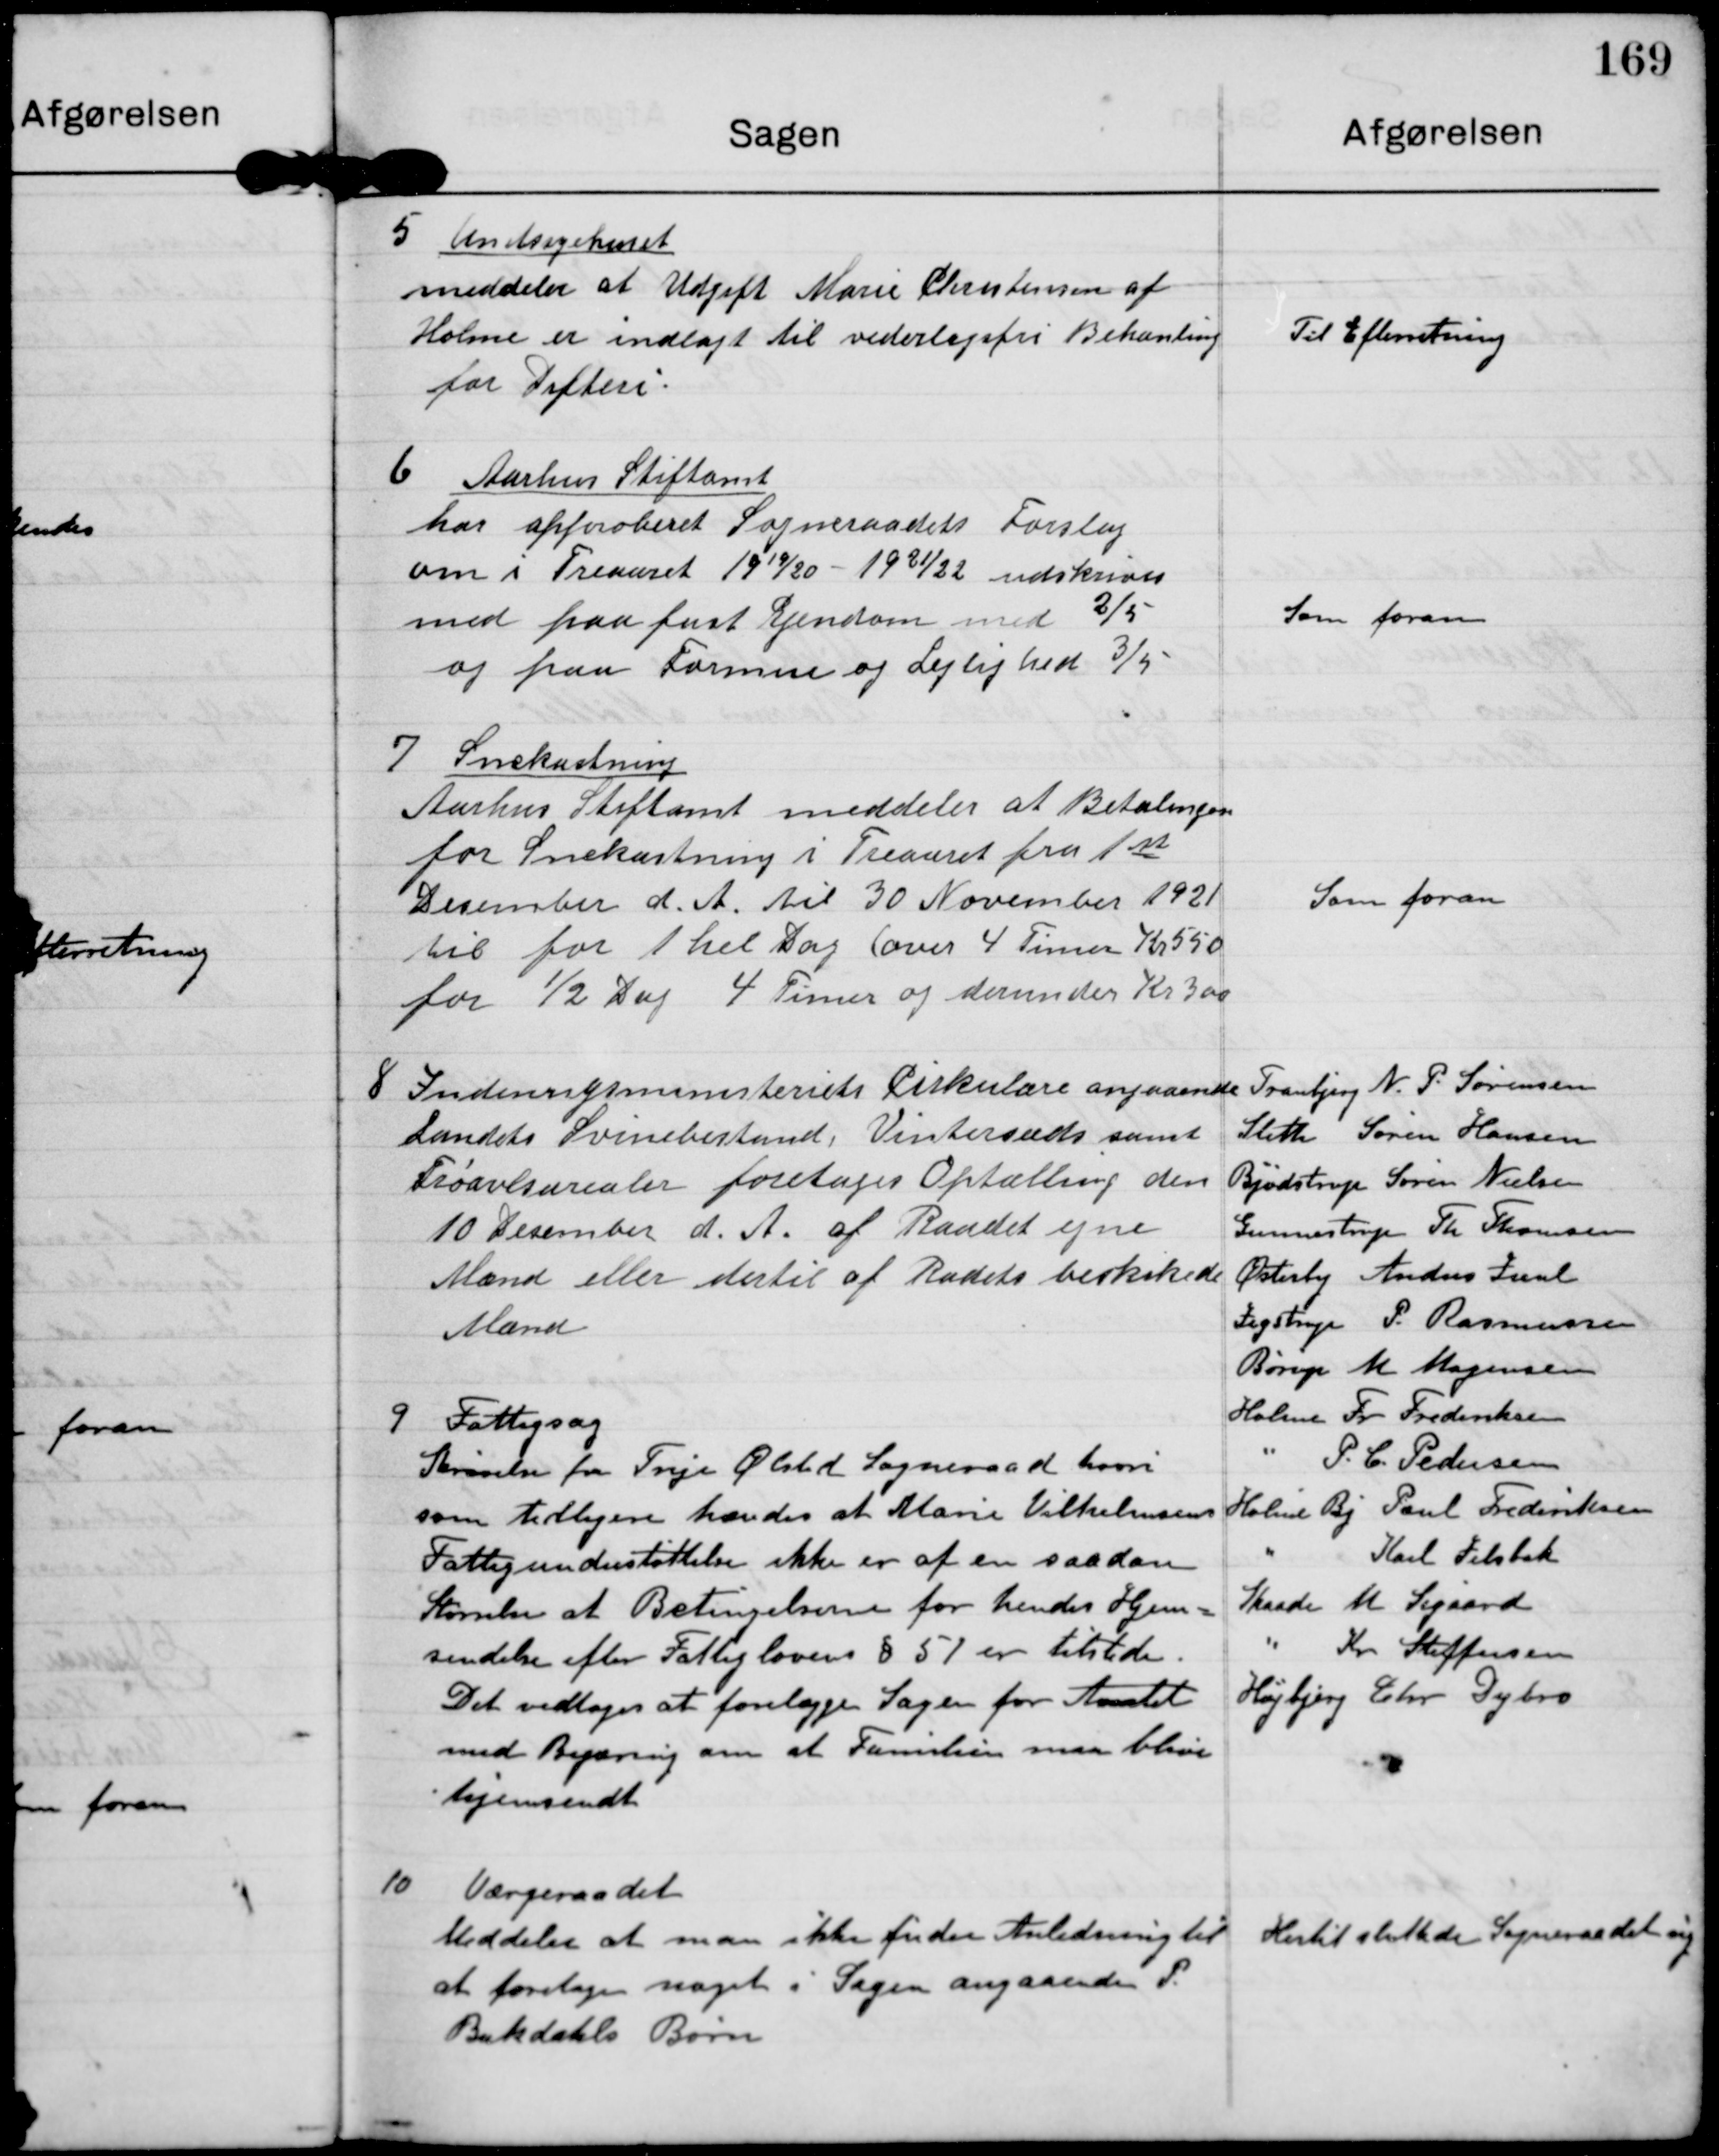
Transskription:
5 Amtsygehuset
meddeler at Udgift Marie Christensen af
Holme er indlagt til vederlagsfri Behanling
for Difteri

Til Efterretning

6 Aarhus Stiftamt
har afproberet Sogneraadets Forslag
om i Treaaret 1919/20 - 1921/22 udskrives
med paa fast Ejendom med 2/5
og paa Formue og Lejlighed 3/5

Som foran

7 Snekastning
Aarhus Stiftamt meddeler at Betalingen
for Snekastning i Treaaret fra 1st
December d.A til 30 November 1921
til for 1 hel Dag (over 4 Timer Kr 550
for 1/2 Dag 4 Timer og derunder Kr 300

Som foran

8 Indenrigsministeriets Cirkulære angaaende
landets Svinebestand. Vintersæds samt
Frøavlsarealer foretages Optælling den
10 December d. A. af Raadet egne
Mænd eller dertil af Raadets beskikede
Mænd.

Tranbjerg N. P. Sørensen
Sleth Søren Hansen
Bjødstrup Søren Nielsen
Gunnestrup Th. Thomsen
Østerby Anders Juul
Jegstrup P. Rasmussen
Børup M Mogensen
Holme Fr. Frederiksen
" P. C. Pedersen
Holme Bj Poul Frederiksen
" Karl Jelsbak
Skaade M. Sigaard
" Kr Steffensen
Højbjerg Chr. Dybro

9 Fattigsag
Skrivelse fra Trige Ølsted Sogneraad hvori
som tidligere hændes at Marie Vilhelmsens
Fattigunderstøttelse ikke er af en saadan
Størrelse at Betingelserne for hendes Hjem-
sendelse efter Fattiglovens § 51 er tilstede.
Det vedtoges at forelægge Sagen for Amtet
med Begæring om at Familien maa blive
hjemsendt.

10 Værgeraadet
Meddeles at man ikke finder Anledning til
at foretage noget i Sagen angaaende P.
Bukdahls Børn.

Hertil sluttede Sogneraadet sig